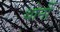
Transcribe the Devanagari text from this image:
थोर्नी